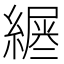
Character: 𦄪